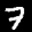
Label: 7